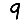
Digit: 9